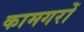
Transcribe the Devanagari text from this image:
कामगरों